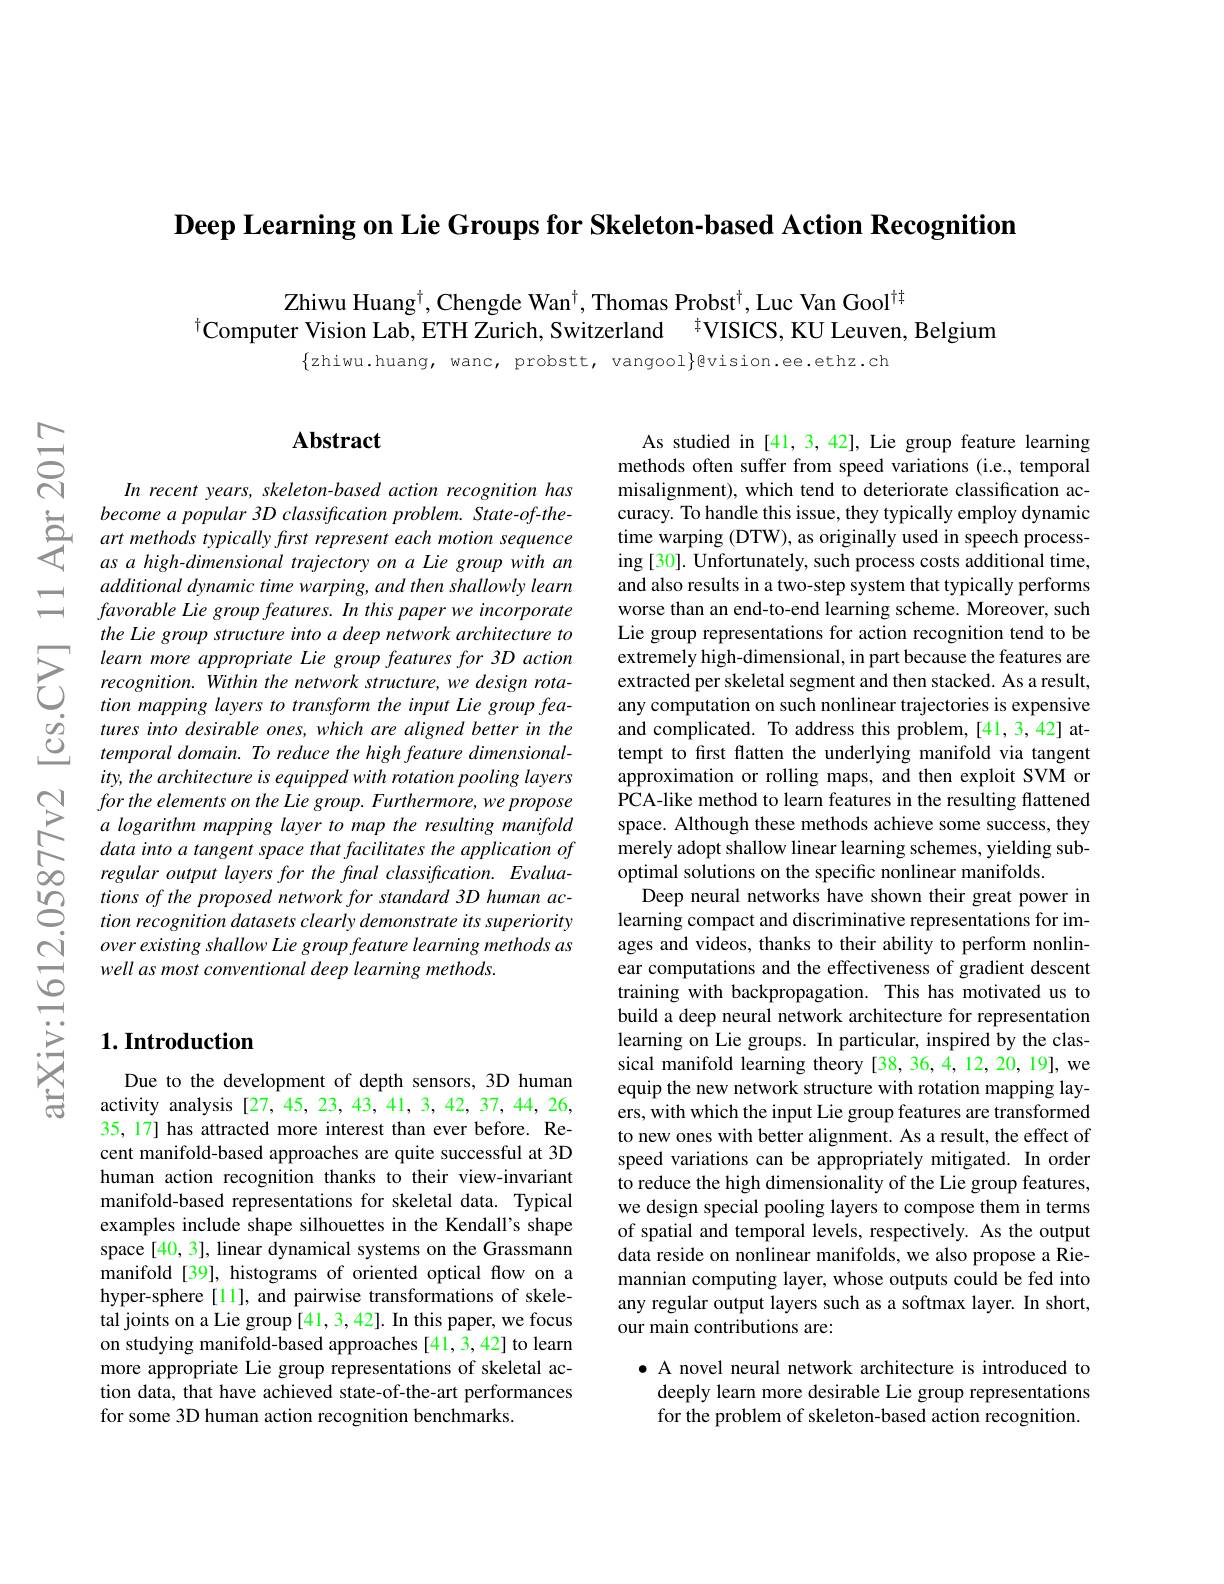
$\textbf{Deep Learning on Lie Groups for Skeleton- based Action Recognition}$

Zhiwu Huang$^\dagger$, Chengde Wan$^\dagger$, Thomas Probst$^\dagger$, Luc Van Gool$^{\dagger\dagger}$
$^{\dagger}$Computer Vision Lab, ETH Zurich, Switzerland $^{\dagger}$VISICS, KU Leuven, Belgium

$\{$zhiwu.huang, wanc, probstt, vangool$\}$gvision.ee.ethz.ch

$ਨਨੇ$

=

## $\mathbf{Abstract}$

In recent years, skeleton- based action recognition has
$\begin{array}{ccc}&become~a~popular~3D~classification~probl\end{array}$
additional dynamic time warping, and then shallowly learn favorable Lie group features. In this paper we incorporate the Lie group structure into a deep network architecture to
$\sum_{\begin{aligned}&\text{learn more appropriate Lie group features for 3D action}\\&\text{recognition. Within the network structure, we design rota-}\\&\text{tion mapping layers to transform the input Lie group fea-}\end{aligned}}$ $\begin{array}{cc}{}tion~mapping~layers~to~transform~the~inp\end{array}$
ity, the architecture is equipped with rotation pooling layers for the elements on the Lie group. Furthermore, we propose a logarithm mapping layer to map the resulting manifold data into a tangent space that facilitates the application of regular output layers for the final classification. Evaluations of the proposed network for standard 3D human action recognition datasets clearly demonstrate its superiority over existing shallow Lie group feature learning methods as well as most conventional deep learning methods.

# $1. \textbf{Introduction}$

Due to the development of depth sensors, 3D human activity analysis [27,45,23,43,41,3,42,37,44,26, 35, 17] has attracted more interest than ever before. Recent manifold-based approaches are quite successful at 3D human action recognition thanks to their view-invariant manifold-based representations for skeletal data. Typical examples include shape silhouettes in the Kendall's shape space [40, 3], linear dynamical systems on the Grassmann manifold [39], histograms of oriented optical flow on a hyper-sphere[11], and pairwise transformations of skeletal joints on a Lie group [41, 3, 42]. In this paper, we focus on studying manifold-based approaches [41,3,42] to learn more appropriate Lie group representations of skeletal action data, that have achieved state-of-the-art performances for some 3D human action recognition benchmarks.

As studied in [41,3,42], Lie group feature learning methods often suffer from speed variations (i.e., temporal misalignment), which tend to deteriorate classification accuracy. To handle this issue, they typically employ dynamic time warping (DTW), as originally used in speech processing [30]. Unfortunately, such process costs additional time, and also results in a two-step system that typically performs worse than an end-to-end learning scheme. Moreover, such Lie group representations for action recognition tend to be extremely high-dimensional, in part because the features are extracted per skeletal segment and then stacked. As a result, any computation on such nonlinear trajectories is expensive and complicated. To address this problem,[41,3,42] attempt to first flatten the underlying manifold via tangent approximation or rolling maps, and then exploit SVM or PCA-like method to learn features in the resulting flattened space. Although these methods achieve some success, they merely adopt shallow linear learning schemes, yielding suboptimal solutions on the specific nonlinear manifolds.
Deep neural networks have shown their great power in learning compact and discriminative representations for images and videos, thanks to their ability to perform nonlinear computations and the effectiveness of gradient descent training with backpropagation. This has motivated us to build a deep neural network architecture for representation learning on Lie groups. In particular, inspired by the classical manifold learning theory [38,36,4,12,20,19], we equip the new network structure with rotation mapping layers, with which the input Lie group features are transformed to new ones with better alignment. As a result, the effect of speed variations can be appropriately mitigated. In order to reduce the high dimensionality of the Lie group features, we design special pooling layers to compose them in terms of spatial and temporal levels, respectively. As the output data reside on nonlinear manifolds, we also propose a Riemannian computing layer, whose outputs could be fed into any regular output layers such as a softmax layer. In short, our main contributions are:

· A novel neural network architecture is introduced to
deeply learn more desirable Lie group representations for the problem of skeleton-based action recognition.